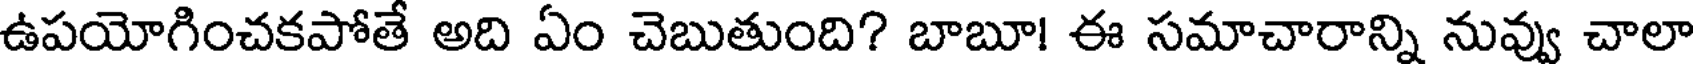
ఉపయోగించకపోతే అది ఏం చెబుతుంది? బాబూ! ఈ సమాచారాన్ని నువ్వు చాలా